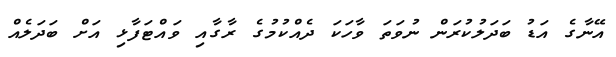
އޭނާގެ އަޑު ބަދަލުކުރަން ނުވަތަ ވާހަކަ ދެއްކުމުގެ ރާގާއި ވައްޓަފާޅި އަށް ބަދަލެއް